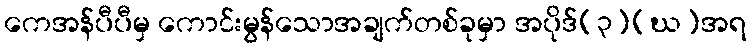
ကေအန်ပီပီမှ ကောင်းမွန်သောအချက်တစ်ခုမှာ အပိုဒ်(၃)(ဃ)အရ